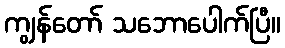
ကျွန်တော် သဘောပေါက်ပြီ။